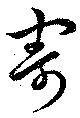
寄